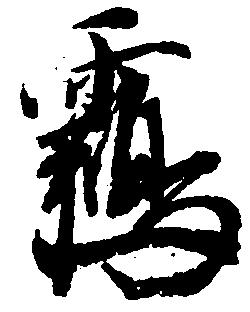
鶴